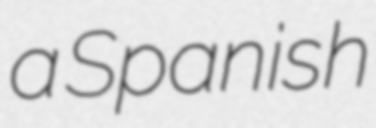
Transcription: a Spanish